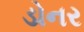
ડોનર